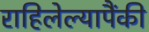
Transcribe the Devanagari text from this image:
राहिलेल्यापैंकी